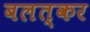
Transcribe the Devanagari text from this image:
बलत्कर